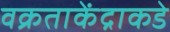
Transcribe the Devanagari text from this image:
वक्रताकेंद्राकडे